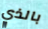
بالذي